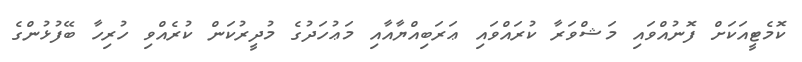
ކޮމެޓީއަކަށް ފޮނުއްވައި މަޝްވަރާ ކުރައްވައި ޢަރަބިއްޔާއާއި މަޢުހަދުގެ މުދީރުކަން ކުރެއްވި ހުރިހާ ބޭފުޅުންގެ